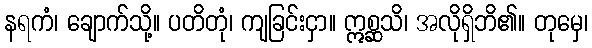
နရကံ၊ ချောက်သို့။ ပတိတုံ၊ ကျခြင်းငှာ။ ဣစ္ဆသိ၊ အလိုရှိဘိ၏။ တုမှေ၊